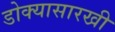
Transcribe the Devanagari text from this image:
डोक्यासारखी